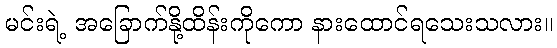
မင်းရဲ့ အခြောက်နို့ထိန်းကိုကော နားထောင်ရသေးသလား။